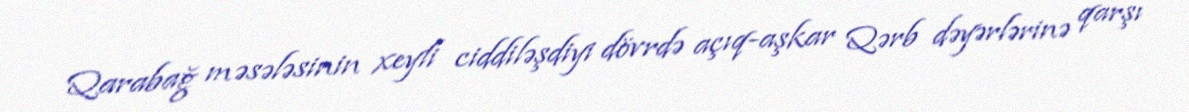
Qarabağ məsələsinin xeyli ciddiləşdiyi dövrdə açıq-aşkar Qərb dəyərlərinə qarşı